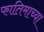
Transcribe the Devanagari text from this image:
फातिमाच्या